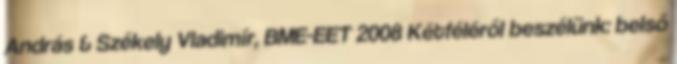
András & Székely Vladimír, BME-EET 2008 Kétféléről beszélünk: belső